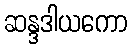
ဆန္ဒဒါယကော